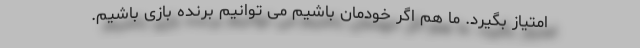
امتیاز بگیرد. ما هم اگر خودمان باشیم می توانیم برنده بازی باشیم.